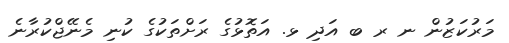
މަރުކަޒުން ނ ރ ބ އަދި ޅ. އަތޮޅުގެ ރަށްތަކުގެ ކުނި މެނޭޖްކުރާނެ